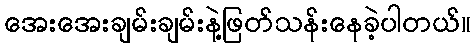
အေးအေးချမ်းချမ်းနဲ့ဖြတ်သန်းနေခဲ့ပါတယ်။